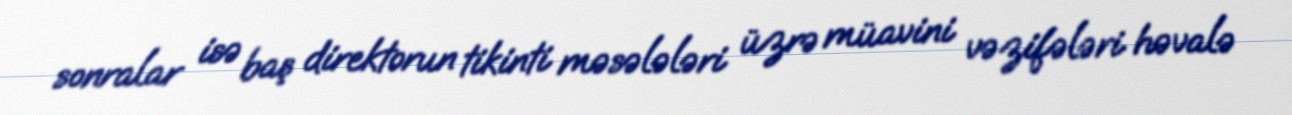
sonralar isə baş direktorun tikinti məsələləri üzrə müavini vəzifələri həvalə